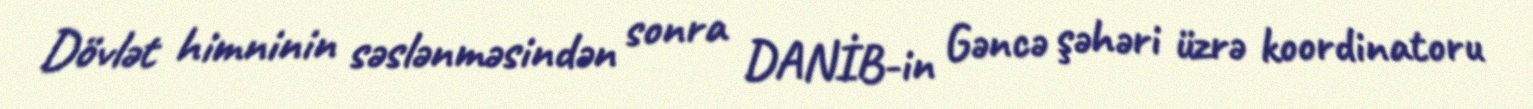
Dövlət himninin səslənməsindən sonra DANİB-in Gəncə şəhəri üzrə koordinatoru